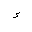
Letter: _hamza